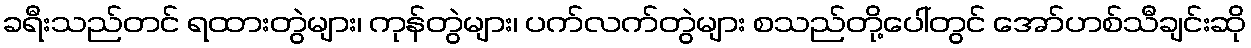
ခရီးသည်တင် ရထားတွဲများ၊ ကုန်တွဲများ၊ ပက်လက်တွဲများ စသည်တို့ပေါ်တွင် အော်ဟစ်သီချင်းဆို